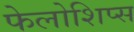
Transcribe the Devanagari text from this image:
फेलोशिप्स